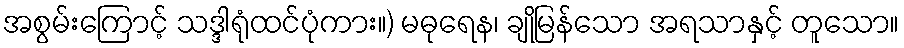
အစွမ်းကြောင့် သဒ္ဒါရုံထင်ပုံကား။) မဓုရေန၊ ချိုမြန်သော အရသာနှင့် တူသော။